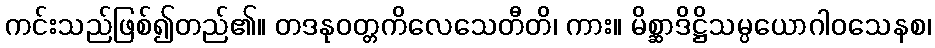
ကင်းသည်ဖြစ်၍တည်၏။ တဒနုဝတ္တကိလေသေတီတိ၊ ကား။ မိစ္ဆာဒိဋ္ဌိသမ္ပယောဂါဝသေနစ၊